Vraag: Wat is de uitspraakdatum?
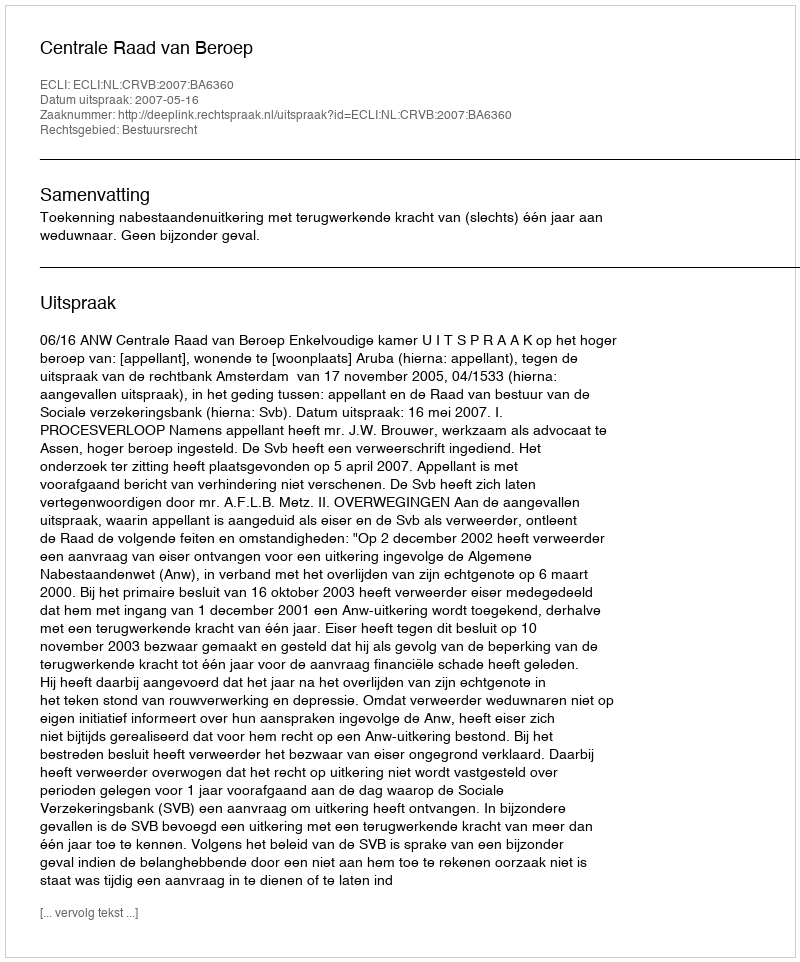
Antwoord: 2007-05-16